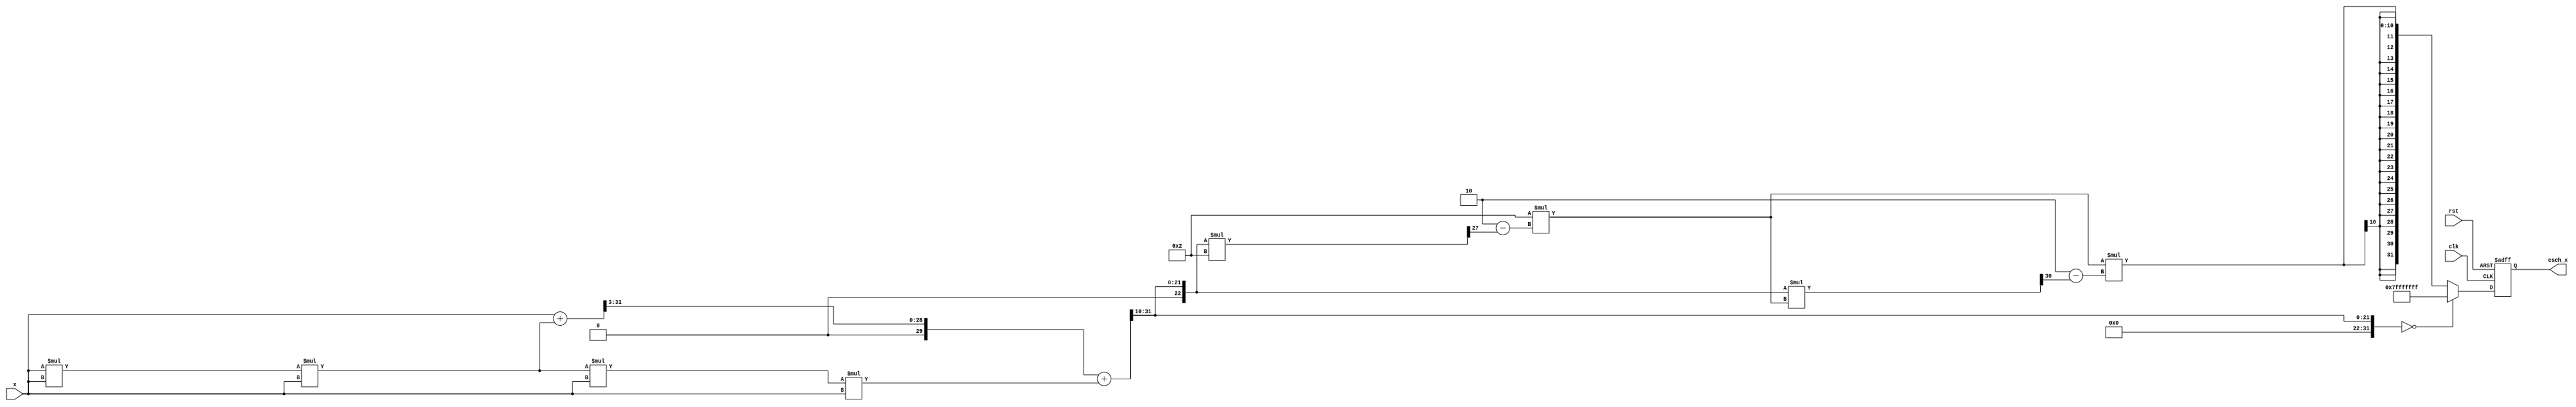
module hyperbolic_cosecant (
    input wire signed [31:0] x,          // Input x (fixed-point representation)
    output reg signed [31:0] csch_x,     // Output csch(x)
    input wire clk,
    input wire rst
);

    wire signed [31:0] sinh_x;            // Intermediate sinh(x)
    wire signed [31:0] reciprocal_sinh;   // Reciprocal of sinh(x)
    reg signed [31:0] sinh_temp;

    // Hyperbolic Sine Calculation (using simple approximation)
    function signed [31:0] sinh;
        input signed [31:0] x;
        begin
            // Using Taylor series approximation for sinh(x)
            // sinh(x) = x + (x^3 / 3!) + (x^5 / 5!) + ...
            sinh = x;
            sinh = sinh + (x * x * x) >> 3; // Approximation for the third term
            sinh = sinh + (x * x * x * x * x) >> 10; // Approximation for the fifth term
        end
    endfunction

    // Reciprocal Calculation using Newton-Raphson method
    function signed [31:0] reciprocal;
        input signed [31:0] value;
        begin
            if (value == 0) begin
                reciprocal = 32'h7FFFFFFF; // Output infinity or error signal
            end else begin
                // Initial approximation
                reciprocal = 32'h00000001; // Start with 1
                // Repeat for a few iterations (Newton-Raphson)
                reciprocal = reciprocal * (2 - (value * reciprocal >> 31));
                reciprocal = reciprocal * (2 - (value * reciprocal >> 31));
                reciprocal = reciprocal * (2 - (value * reciprocal >> 31));
            end
        end
    endfunction

    // Control Block
    always @(posedge clk or posedge rst) begin
        if (rst) begin
            csch_x <= 32'b0;
        end else begin
            sinh_temp = sinh(x);            // Compute sinh(x)
            csch_x <= reciprocal(sinh_temp); // Compute csch(x) = 1/sinh(x)
        end
    end

endmodule